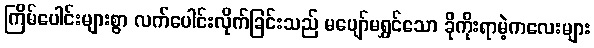
ကြိမ်ပေါင်းများစွာ လက်ပေါင်းလိုက်ခြင်းသည် မပျော်မရွှင်သော ခိုကိုးရာမဲ့ကလေးများ